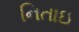
નિતાઇ